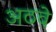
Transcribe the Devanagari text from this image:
अठवे